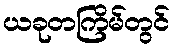
ယခုတကြိမ်တွင်